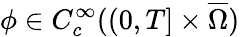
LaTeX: \phi\in C_{c}^{\infty}((0,T]\times\overline{{\Omega}})